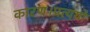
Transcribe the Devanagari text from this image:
कारण।प्रत्ययो